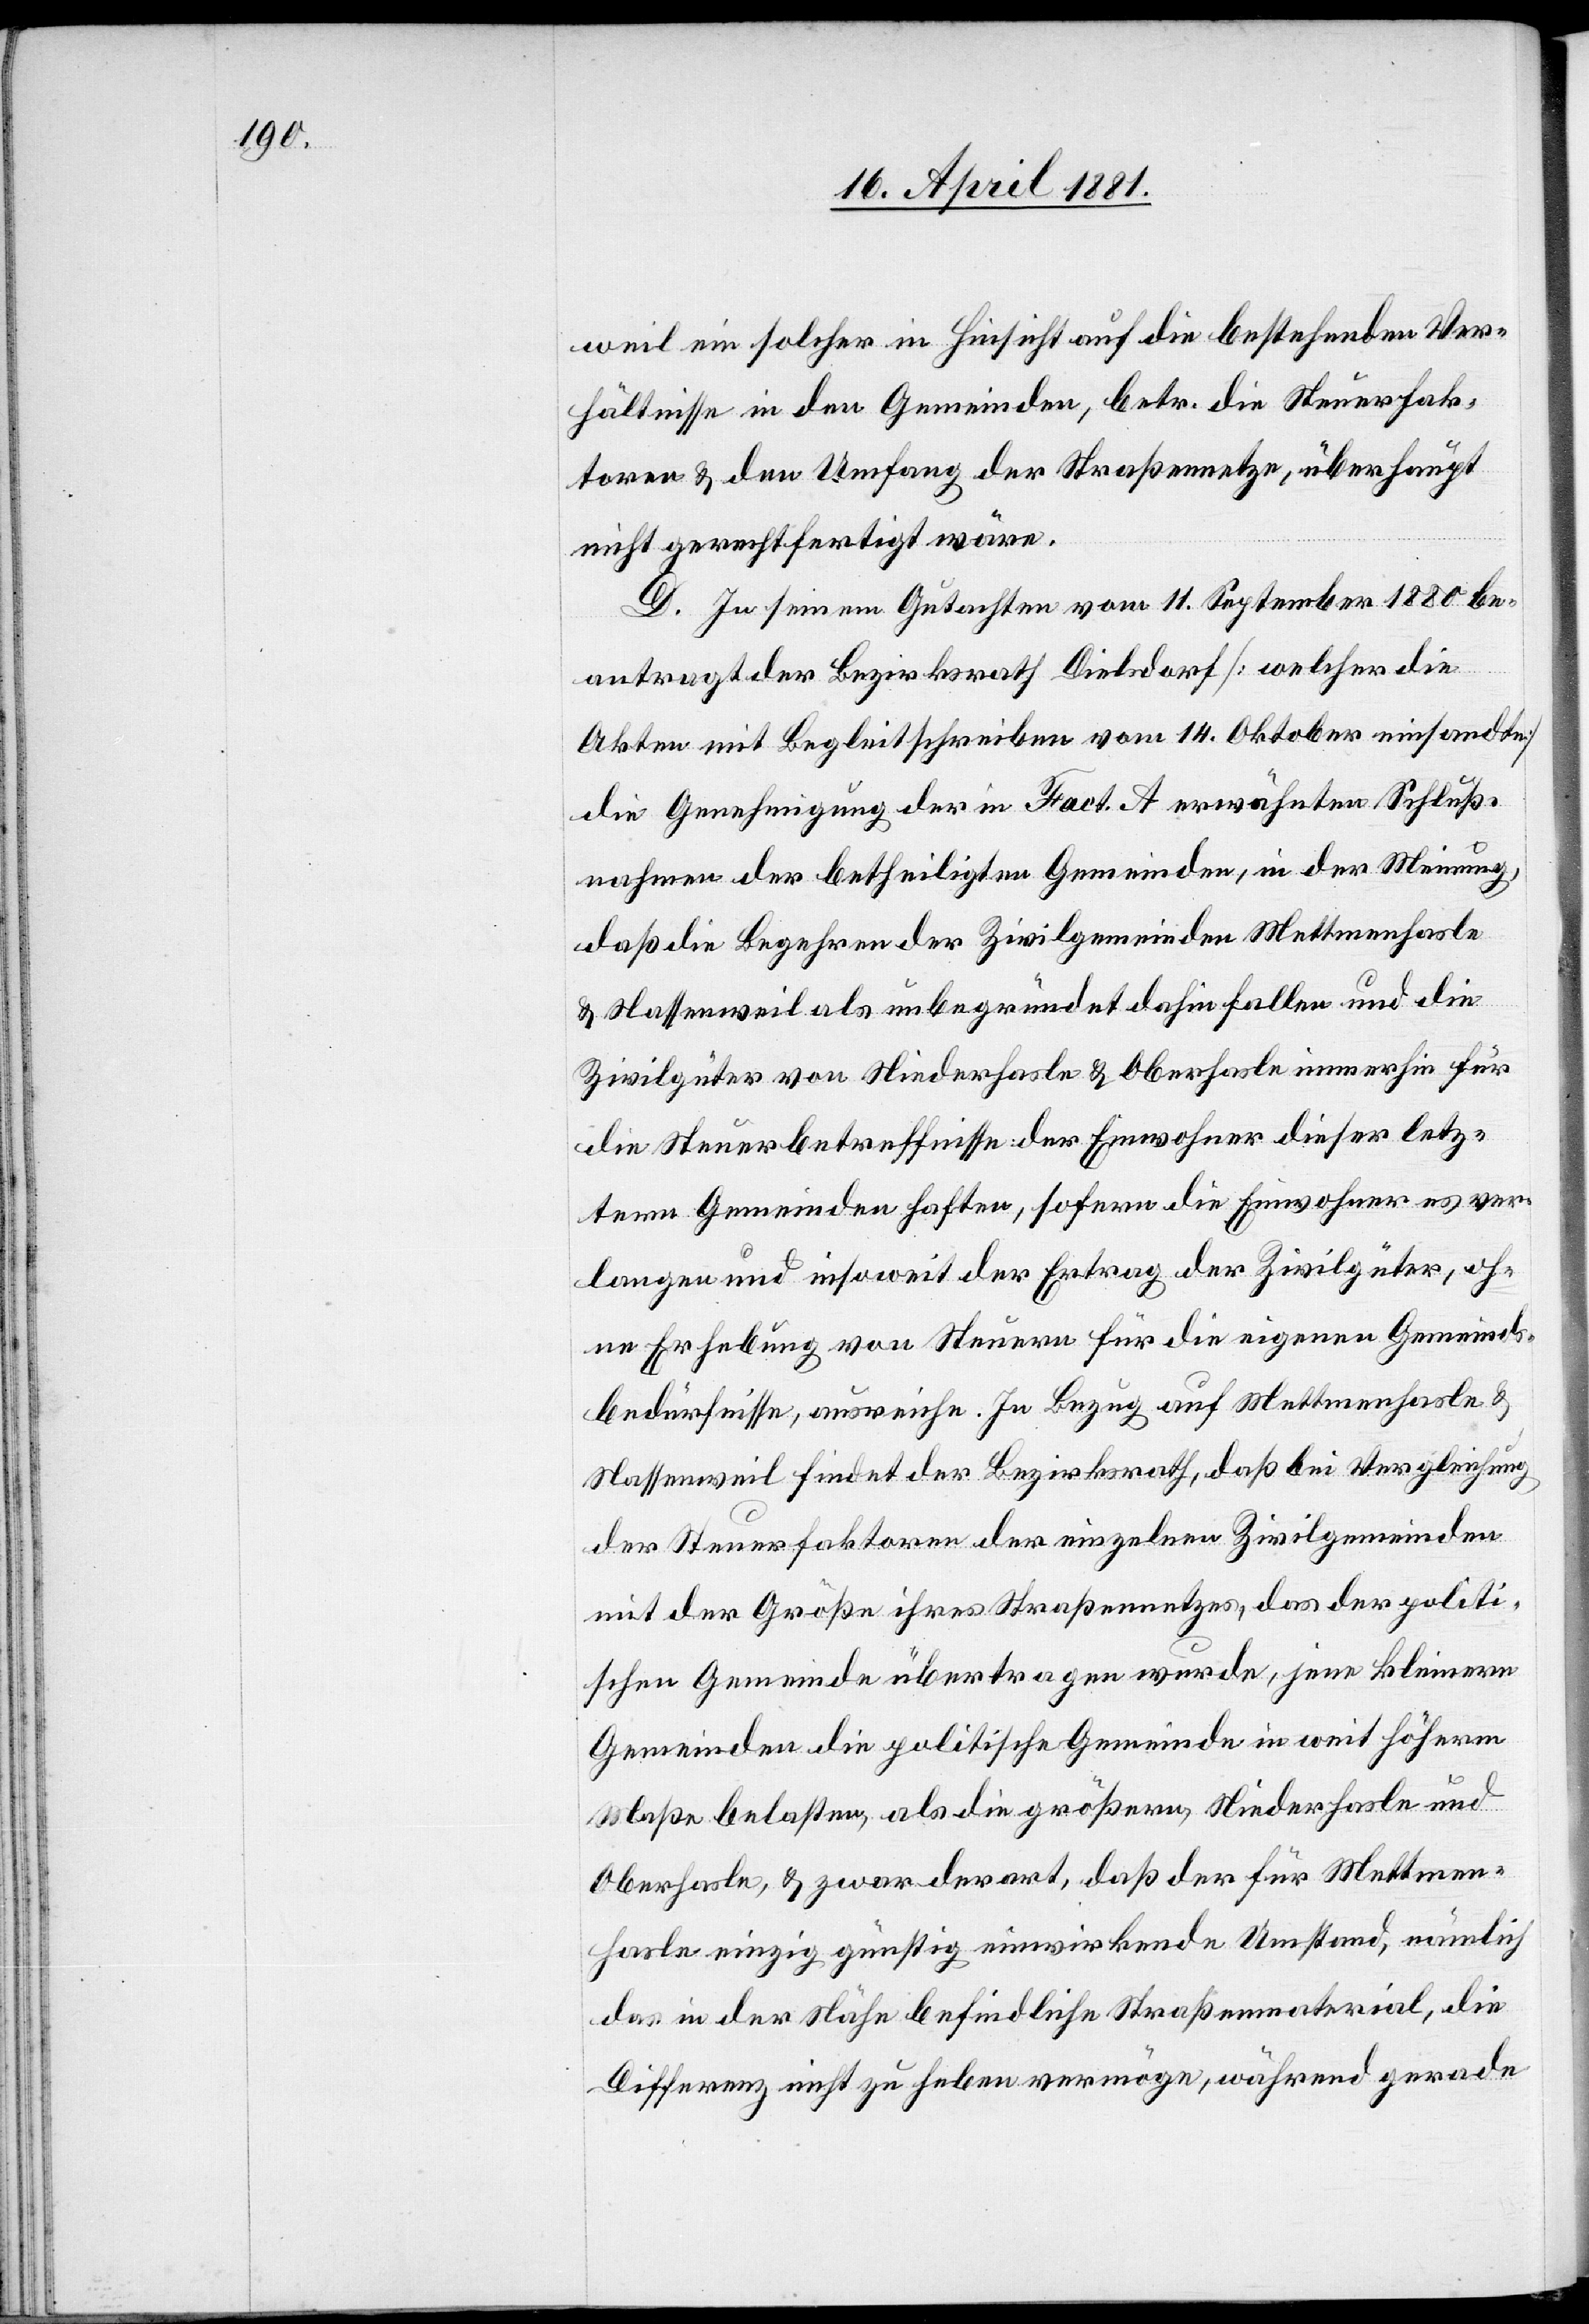
weil ein solcher in Hinsicht auf die bestehenden Ver¬
hältnisse in den Gemeinden, betr. die Steuerfak¬
toren & den Umfang der Straßennetze, überhaupt
nicht gerechtfertigt wäre.
D. In seinem Gutachten vom 11. September 1880 be¬
antragt der Bezirksrath Dielsdorf [welcher die
Akten mit Begleitschreiben vom 14. Oktober einsandte]
die Genehmigung der in Fact A erwähnten Schluß¬
nahmen der betheiligten Gemeinden, in der Meinung,
daß die Begehren der Zivilgemeinden Mettmenhasle
& Nassenweil als unbegründet dahin fallen und die
Zivilgüter von Niederhasle & Oberhasle immerhin für
die Steuerbetreffnisse der Einwohner dieser letz¬
tern Gemeinden haften, sofern die Einwohner es ver¬
langen und insoweit der Ertrag der Zivilgüter, oh¬
ne Erhebung von Steuern für die eigenen Gemeinds¬
bedürfnisse, ausweiche. In Bezug auf Mettmenhasle &
Nassenweil findet der Bezirksrath, daß die Vergleichung
der Steuerfaktoren der einzelnen Zivilgemeinden
mit der Größe ihres Straßennetzes, das der politi¬
schen Gemeinde übertragen wurde, jene kleinern
Gemeinden die politische Gemeinde in weit höherm
Maße belasten, als die größern, Niederhasle und
Oberhasle, & zwar derart, daß der für Mettmen¬
hasle einzig günstig einwirkende Umstand, nämlich
das in der Nähe befindliche Straßenmaterial, die
Differenz nicht zu heben vermögen, während gerade